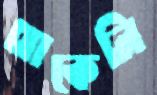
থাকেনি